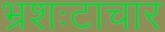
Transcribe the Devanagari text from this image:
भ्रशःटाचार